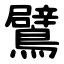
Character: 鷿